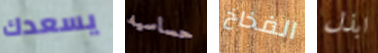
يسعدك حساسيه الفخاخ ابذل